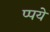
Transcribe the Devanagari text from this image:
प्पये